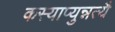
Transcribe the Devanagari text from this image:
कस्याप्युन्नत्यै